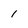
Character: I